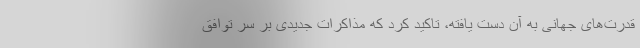
قدرت‌های جهانی به آن دست یافته، تاکید کرد که مذاکرات جدیدی بر سر توافق